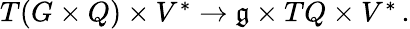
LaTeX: \begin{array}{r}{T(G\times Q)\times V^{*}\rightarrow\mathfrak{g}\times TQ\times V^{*}\, .}\end{array}